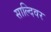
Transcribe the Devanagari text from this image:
साल्दिवर